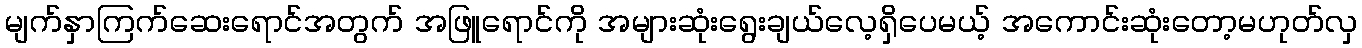
မျက်နှာကြက်ဆေးရောင်အတွက် အဖြူရောင်ကို အများဆုံးရွေးချယ်လေ့ရှိပေမယ့် အကောင်းဆုံးတော့မဟုတ်လှ